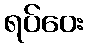
ရပ်ဝေး